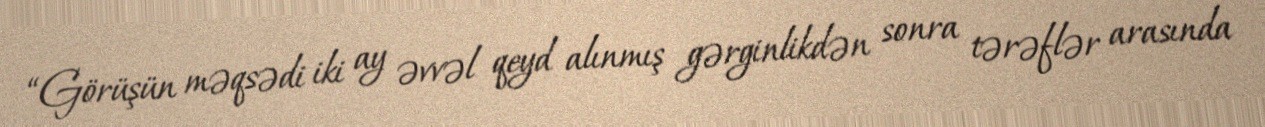
“Görüşün məqsədi iki ay əvvəl qeyd alınmış gərginlikdən sonra tərəflər arasında